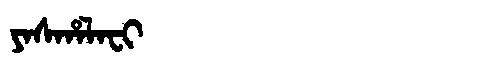
Manchu: ᠶᠠᠰᡥᠠᠯᠠᠸᡳ
Romanization: YASHALAFI